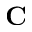
\mathbf { C }